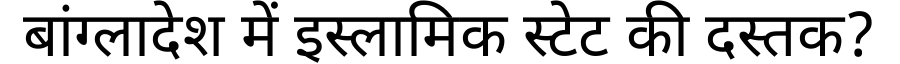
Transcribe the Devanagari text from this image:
बांग्लादेश में इस्लामिक स्टेट की दस्तक?